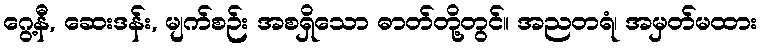
ဂွေ့နီ, ဆေးဒန်း, မျက်စဉ်း အစရှိသော ဓာတ်တို့တွင်။ အညတရံ၊ အမှတ်မထား